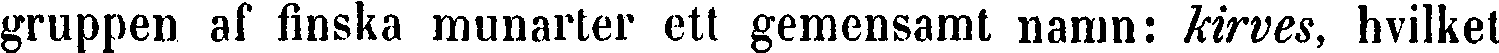
gruppen af finska munarter ett gemensamt namn: kirves, hvilket